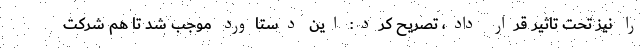
را نیز تحت تاثیر قرار داد، تصریح کرد: این دستاورد موجب شد تا هم شرکت